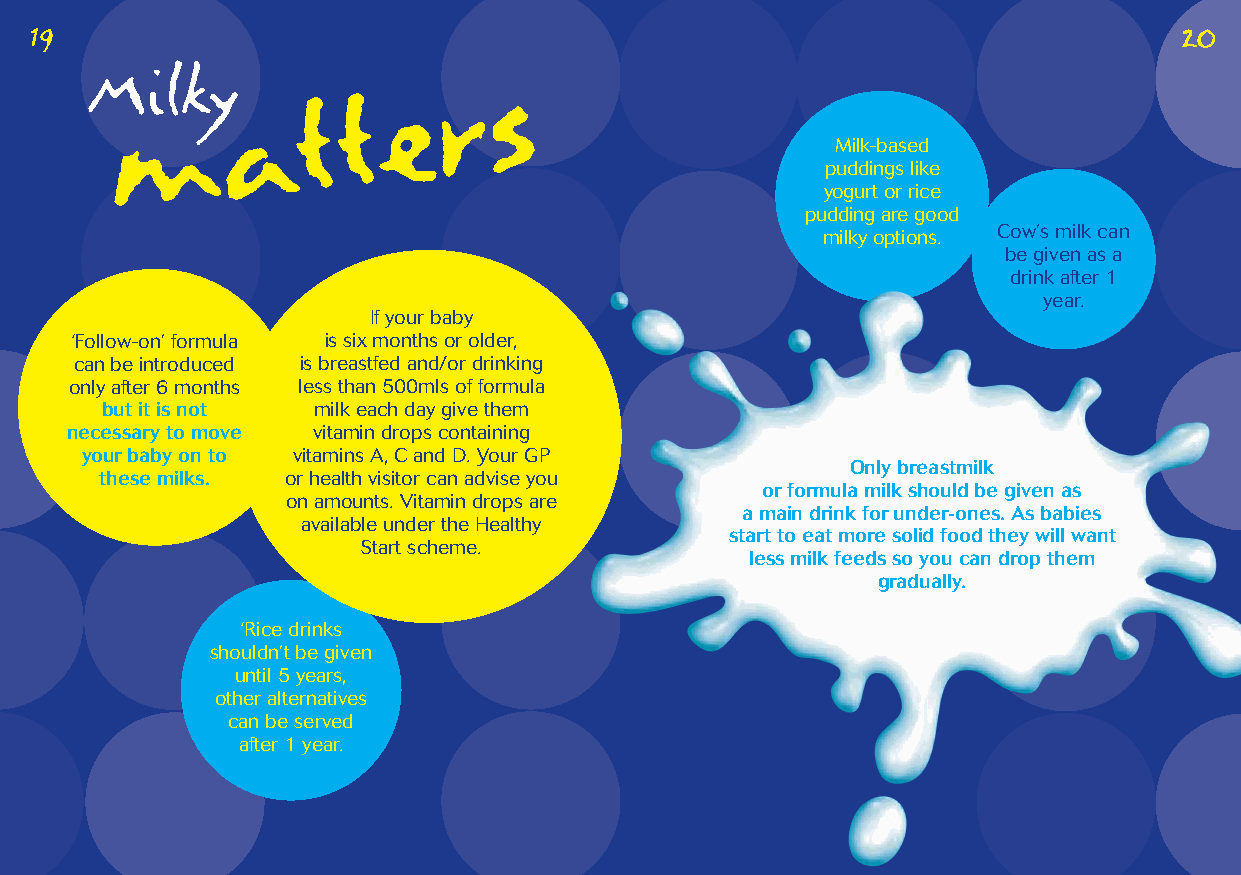
19                                                                          20
 Milky    a    t  t  e  r   s
 m
 Milk-based
 puddings like
 yogurt or rice
 pudding are good
 milky options. Cow’s milk can
 be given as a
 drink after 1
 year.
 If your baby
 ‘Follow-on’ formula is six months or older,
 can be introduced is breastfed and/or drinking
 only after 6 months less than 500mls of formula
 but it is not milk each day give them
 necessary to move vitamin drops containing
 your baby on to vitamins A, C and D. Your GP
 Only breastmilk
 these milks. or health visitor can advise you
 or formula milk should be given as
 on amounts. Vitamin drops are
 a main drink for under-ones. As babies
 available under the Healthy
 start to eat more solid food they will want
 Start scheme.
 less milk feeds so you can drop them
 gradually.
 ‘Rice drinks
 shouldn’t be given
 until 5 years,
 other alternatives
 can be served
 after 1 year.